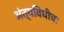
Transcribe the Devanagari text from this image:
अंत्यविधीचा